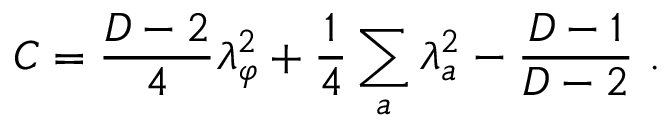
C = { \frac { D - 2 } { 4 } } \lambda _ { \varphi } ^ { 2 } + { \frac { 1 } { 4 } } \sum _ { a } \lambda _ { a } ^ { 2 } - { \frac { D - 1 } { D - 2 } } \ .